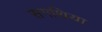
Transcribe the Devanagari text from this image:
सगथिया